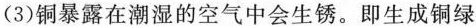
(3)铜暴露在潮湿的空气中会生锈。即生成铜绿